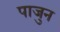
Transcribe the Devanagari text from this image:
पाजुन